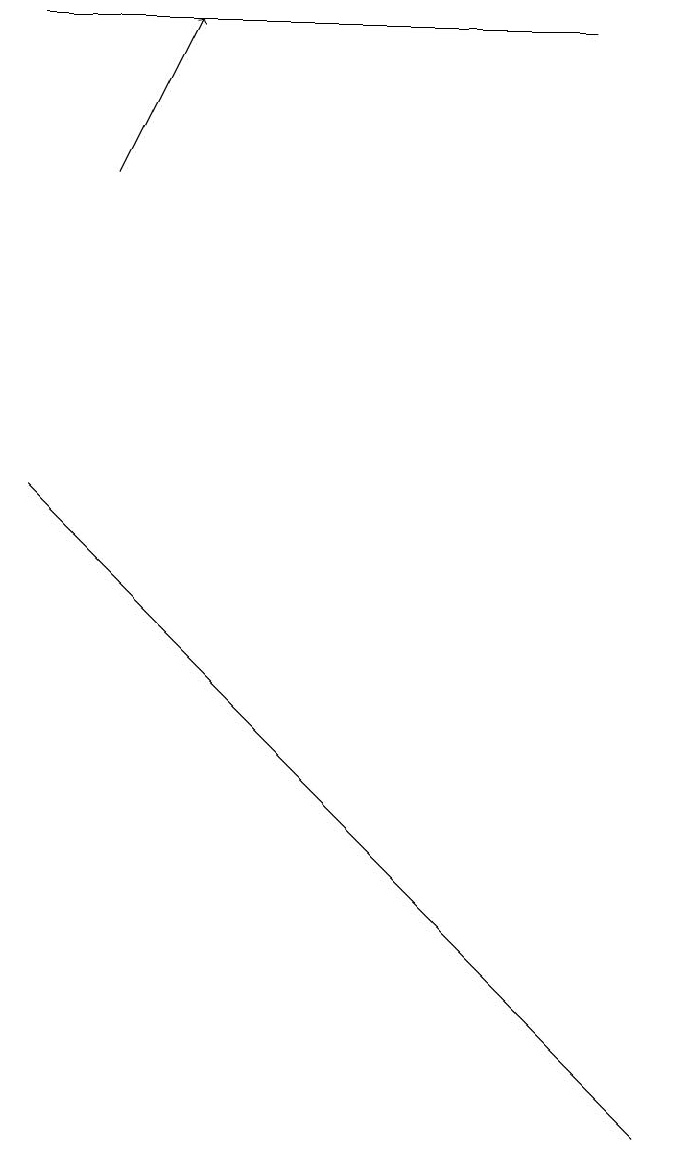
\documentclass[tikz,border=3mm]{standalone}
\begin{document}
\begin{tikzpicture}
\draw (8,1) -- (0,9) -- (1,8) -- cycle;
\draw (0,15) rectangle (7,15);
\draw[->] (1,13) -- (2,15);
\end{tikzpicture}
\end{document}